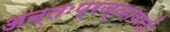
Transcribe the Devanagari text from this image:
अन्तःप्रज्ञावादी